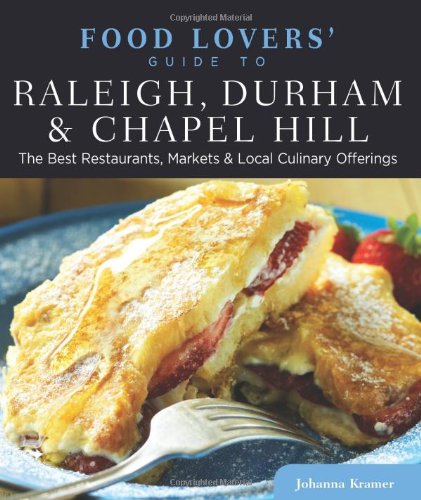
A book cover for Food Lovers' Guide toÂ® Raleigh, Durham & Chapel Hill: The Best Restaurants, Markets & Local Culinary Offerings (Food Lovers' Series); Johanna Kramer; Travel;